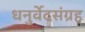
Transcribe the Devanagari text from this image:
धनुर्वेदसंग्रह